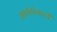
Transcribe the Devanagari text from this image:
भावंडांनाही